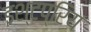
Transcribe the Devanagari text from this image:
इश्टप्रिय